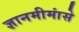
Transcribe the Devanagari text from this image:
ज्ञानमीमांसे